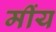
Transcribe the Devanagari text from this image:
मींय